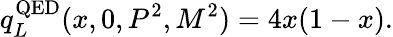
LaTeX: q_{L}^{\mathrm{QED}}(x,0,P^{2},M^{2})=4x(1-x).